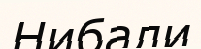
Нибали